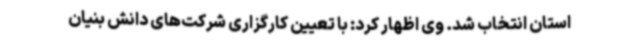
استان انتخاب شد. وی اظهار کرد: با تعیین کارگزاری شرکت‌های دانش بنیان